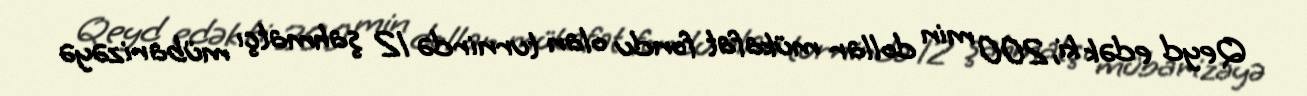
Qeyd edək ki, 200 min dollar mükafat fondu olan turnirdə 12 şahmatçı mübarizəyə